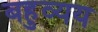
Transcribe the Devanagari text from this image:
बहुव्यय